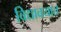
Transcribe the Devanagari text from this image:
विद्यावयात